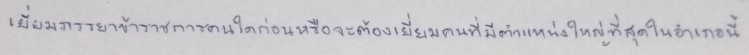
เยี่ยมภรรยาข้าราชการคนใดก่อนหรือจะต้องเยี่ยมคนที่มีตำแหน่งใหญ่ที่สุดในอำเภอนี้